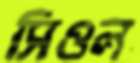
সিওল